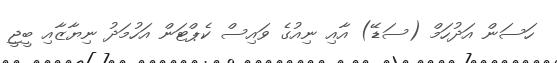
ހަސަން އަދުހަމް (ސަޑޭ) އާއި ނިއުގެ ވައިސް ކެޕްޓަން އަހުމަދު ނިޔާޒާއި ބީޖީ